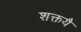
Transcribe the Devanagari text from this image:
शक्तयै